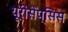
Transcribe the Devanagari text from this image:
यूरोसेप्सिस